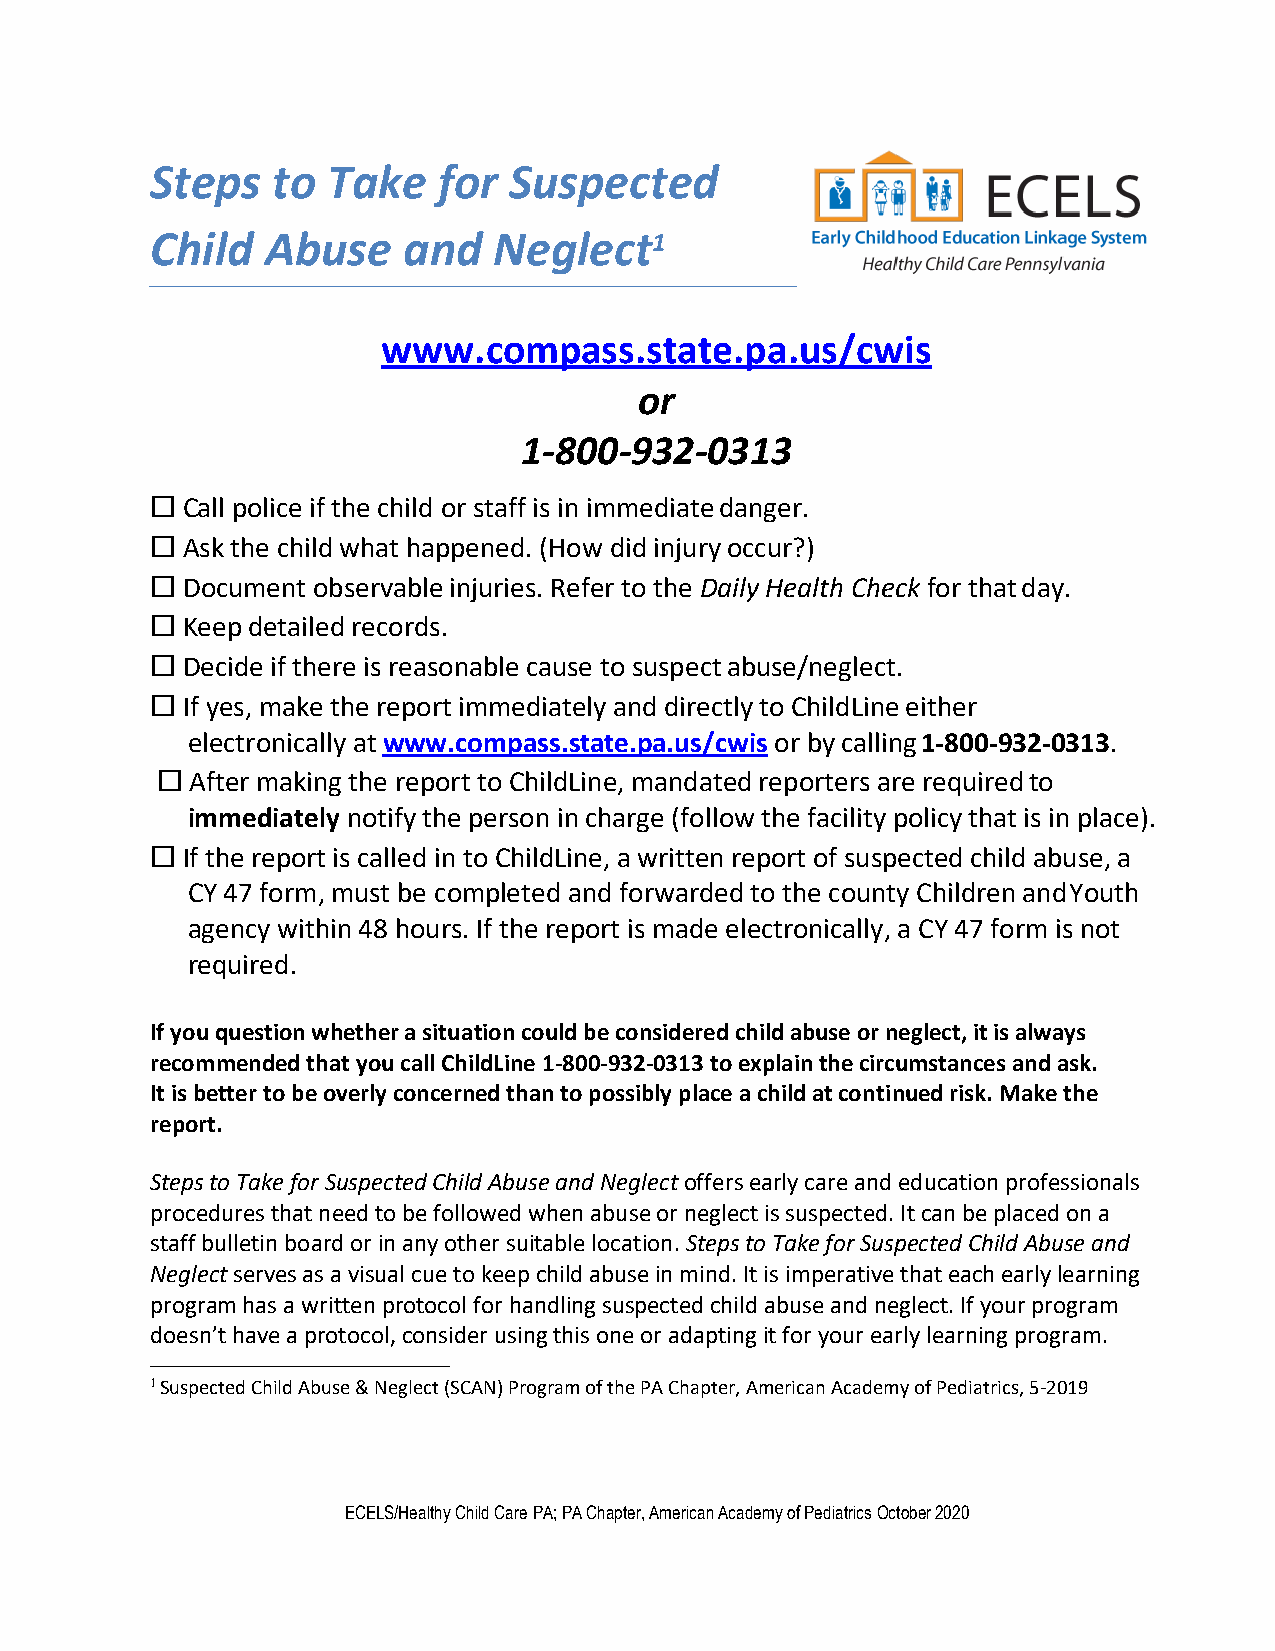
Steps   to  Take   for  Suspected
 Child   Abuse    and   Neglect1
 www.compass.state.pa.us/cwis
 or
 1-800-932-0313
  Call police if the child or staff is in immediate danger.
  Ask the child what happened. (How did injury occur?)
  Document observable injuries. Refer to the Daily Health Check for that day.
  Keep detailed records.
  Decide if there is reasonable cause to suspect abuse/neglect.
  If yes, make the report immediately and directly to ChildLine either
 electronically at www.compass.state.pa.us/cwis or by calling 1-800-932-0313.
   After making the report to ChildLine, mandated reporters are required to
 immediately notify the person in charge (follow the facility policy that is in place).
  If the report is called in to ChildLine, a written report of suspected child abuse, a
 CY 47 form, must be completed and forwarded to the county Children and Youth
 agency within 48 hours. If the report is made electronically, a CY 47 form is not
 required.
 If you question whether a situation could be considered child abuse or neglect, it is always
 recommended that you call ChildLine 1-800-932-0313 to explain the circumstances and ask.
 It is better to be overly concerned than to possibly place a child at continued risk. Make the
 report.
 Steps to Take for Suspected Child Abuse and Neglect offers early care and education professionals
 procedures that need to be followed when abuse or neglect is suspected. It can be placed on a
 staff bulletin board or in any other suitable location. Steps to Take for Suspected Child Abuse and
 Neglect serves as a visual cue to keep child abuse in mind. It is imperative that each early learning
 program has a written protocol for handling suspected child abuse and neglect. If your program
 doesn’t have a protocol, consider using this one or adapting it for your early learning program.
 1 Suspected Child Abuse & Neglect (SCAN) Program of the PA Chapter, American Academy of Pediatrics, 5-2019
 ECELS/Healthy Child Care PA; PA Chapter, American Academy of Pediatrics October 2020